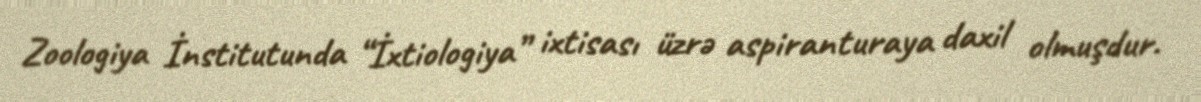
Zoologiya İnstitutunda “İxtiologiya” ixtisası üzrə aspiranturaya daxil olmuşdur.